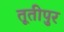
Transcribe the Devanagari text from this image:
तूतीपुर